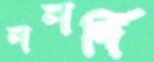
ননদি